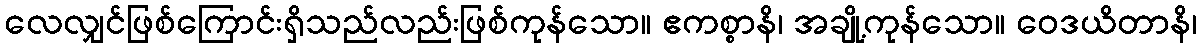
လေလျှင်ဖြစ်ကြောင်းရှိသည်လည်းဖြစ်ကုန်သော။ ဧကစ္စာနိ၊ အချို့ကုန်သော။ ဝေဒယိတာနိ၊